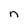
Character: n